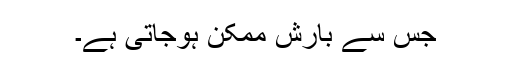
جس سے بارش ممکن ہوجاتی ہے۔